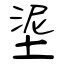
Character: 埿